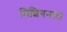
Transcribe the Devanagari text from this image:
मिशिगनला